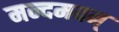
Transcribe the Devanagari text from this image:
मन्दमवन्